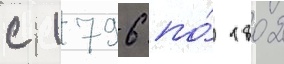
с 1796 по́ 1802